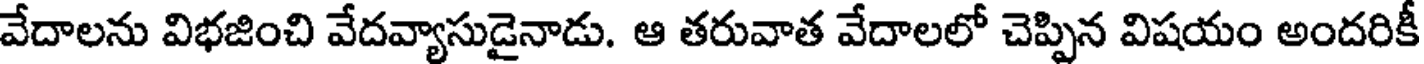
వేదాలను విభజించి వేదవ్యాసుడైనాడు. ఆ తరువాత వేదాలలో చెప్పిన విషయం అందరికీ